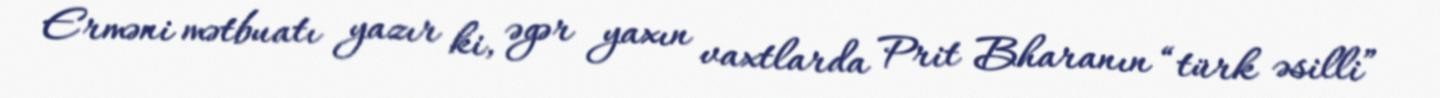
Erməni mətbuatı yazır ki, əgər yaxın vaxtlarda Prit Bharanın “türk əsilli”